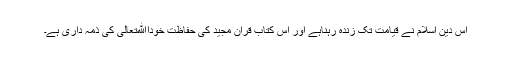
اس دین اسلام نے قیامت تک زندہ رہناہے اور اس کتاب قرآن مجید کی حفاظت خوداﷲتعالی کی ذمہ داری ہے۔